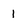
Character: 1